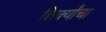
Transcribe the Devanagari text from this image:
शिर्क्यांचा